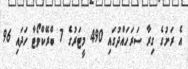
އެ ރަށުގެ ގިރާ ސަރަހައްދުގައި 490 މީޓަރުގެ 7 ބްރޭކްވޯޓާ ހަދައި 96